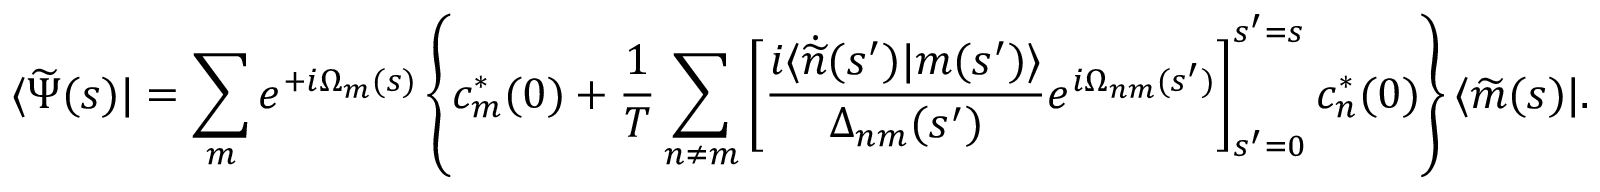
\langle \widetilde { \Psi } ( s ) | = \sum _ { m } e ^ { + i \Omega _ { m } ( s ) } \left\{ c _ { m } ^ { * } ( 0 ) + \frac { 1 } { T } \sum _ { n \neq m } \left[ \frac { i \langle \dot { \widetilde { n } } ( s ^ { \prime } ) | m ( s ^ { \prime } ) \rangle } { \Delta _ { n m } ( s ^ { \prime } ) } e ^ { i \Omega _ { n m } ( s ^ { \prime } ) } \right] _ { s ^ { \prime } = 0 } ^ { s ^ { \prime } = s } c _ { n } ^ { * } ( 0 ) \right\} \langle \widetilde { m } ( s ) | .